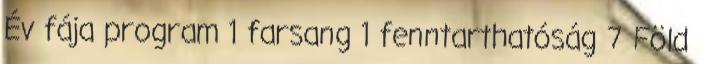
Év fája program 1 farsang 1 fenntarthatóság 7 Föld